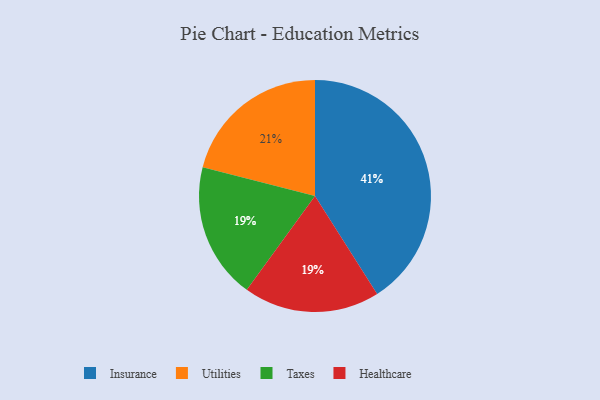
{"axis": {"x": "Category", "y": "Percentage"}, "legend": ["Healthcare", "Insurance", "Taxes", "Utilities"], "data": [{"x": "Insurance", "y": 41, "type": "Insurance"}, {"x": "Taxes", "y": 19, "type": "Taxes"}, {"x": "Utilities", "y": 21, "type": "Utilities"}, {"x": "Healthcare", "y": 19, "type": "Healthcare"}]}